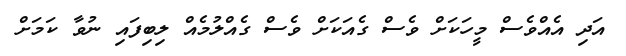
އަދި އެއްވެސް މީހަކަށް ވެސް ގެއަކަށް ވެސް ގެއްލުމެއް ލިބިފައި ނުވާ ކަމަށް